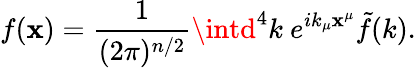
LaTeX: f(\mathbf{x})=\frac{{1}}{{(2\pi)^{n/2}}}\intd^{4}k~e^{ik_{\mu}\mathbf{x}^{\mu}}\tilde{{f}}(k).